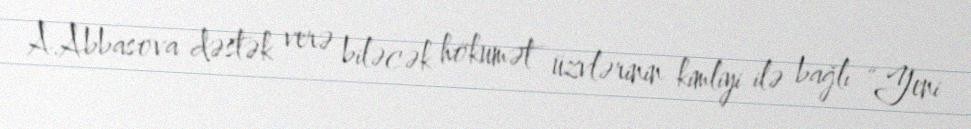
A.Abbasova dəstək verə biləcək hökumət üzvlərinin kimliyi ilə bağlı “Yeni